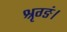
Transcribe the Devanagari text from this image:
श्रृग्ङं।